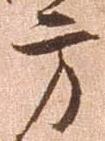
方